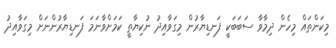
މިކަންތައް މިހެން ދިމާވާ ސަބަބަކީ ފަނޑިޔާރުން މިގަވާއިދު ނުކިޔާތީ ކަމަށްވާނަމަ ފަނޑިޔާރުންނަށް މިގަވާއިދު